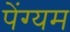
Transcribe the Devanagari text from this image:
पेंग्यम